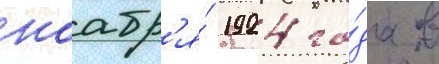
ноабр'я́ 1924 го́да в